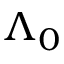
\Lambda _ { 0 }